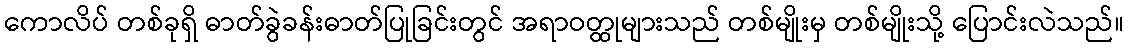
ကောလိပ် တစ်ခုရှိ ဓာတ်ခွဲခန်းဓာတ်ပြုခြင်းတွင် အရာဝတ္ထုများသည် တစ်မျိုးမှ တစ်မျိုးသို့ ပြောင်းလဲသည်။